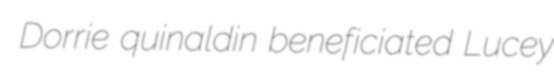
Dorrie quinaldin beneficiated Lucey